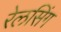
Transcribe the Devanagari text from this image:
रेलसिंग